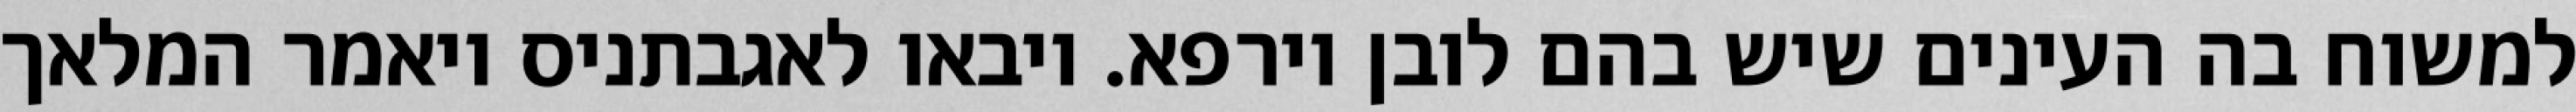
למשוח בה העינים שיש בהם לובן וירפא. ויבאו לאגבתניס ויאמר המלאך